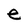
Character: e